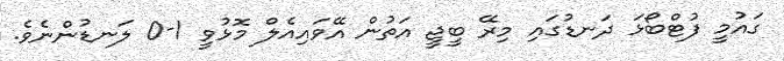
ގައުމީ ފުޓްބޯޅަ ދަނޑުގައި މިރޭ ބީޖީ އަތުން އޭވައިއެލް މޮޅުވީ 1-0 ލަނޑުންނެވެ.